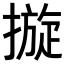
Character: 𢳄